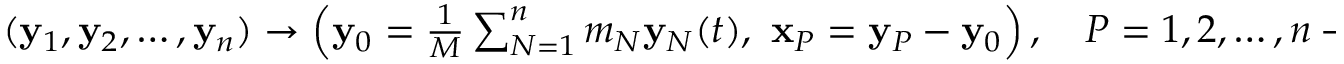
\begin{array} { r } { ( { \bf y } _ { 1 } , { \bf y } _ { 2 } , \ldots , { \bf y } _ { n } ) \rightarrow \left( { \bf y } _ { 0 } = \frac 1 M \sum _ { N = 1 } ^ { n } m _ { N } { \bf y } _ { N } ( t ) , ~ { \bf x } _ { P } = { \bf y } _ { P } - { \bf y } _ { 0 } \right) , \quad P = 1 , 2 , \ldots , n - 1 . } \end{array}